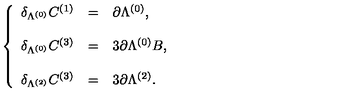
\left\{ \begin{array} { r c l } { \delta _ { \Lambda ^ { ( 0 ) } } C ^ { ( 1 ) } } & { = } & { \partial \Lambda ^ { ( 0 ) } , } \\ { } & { } & { } \\ { \delta _ { \Lambda ^ { ( 0 ) } } C ^ { ( 3 ) } } & { = } & { 3 \partial \Lambda ^ { ( 0 ) } B , } \\ { } & { } & { } \\ { \delta _ { \Lambda ^ { ( 2 ) } } C ^ { ( 3 ) } } & { = } & { 3 \partial \Lambda ^ { ( 2 ) } . } \\ \end{array} \right.